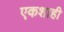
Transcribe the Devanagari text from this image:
एकशाही